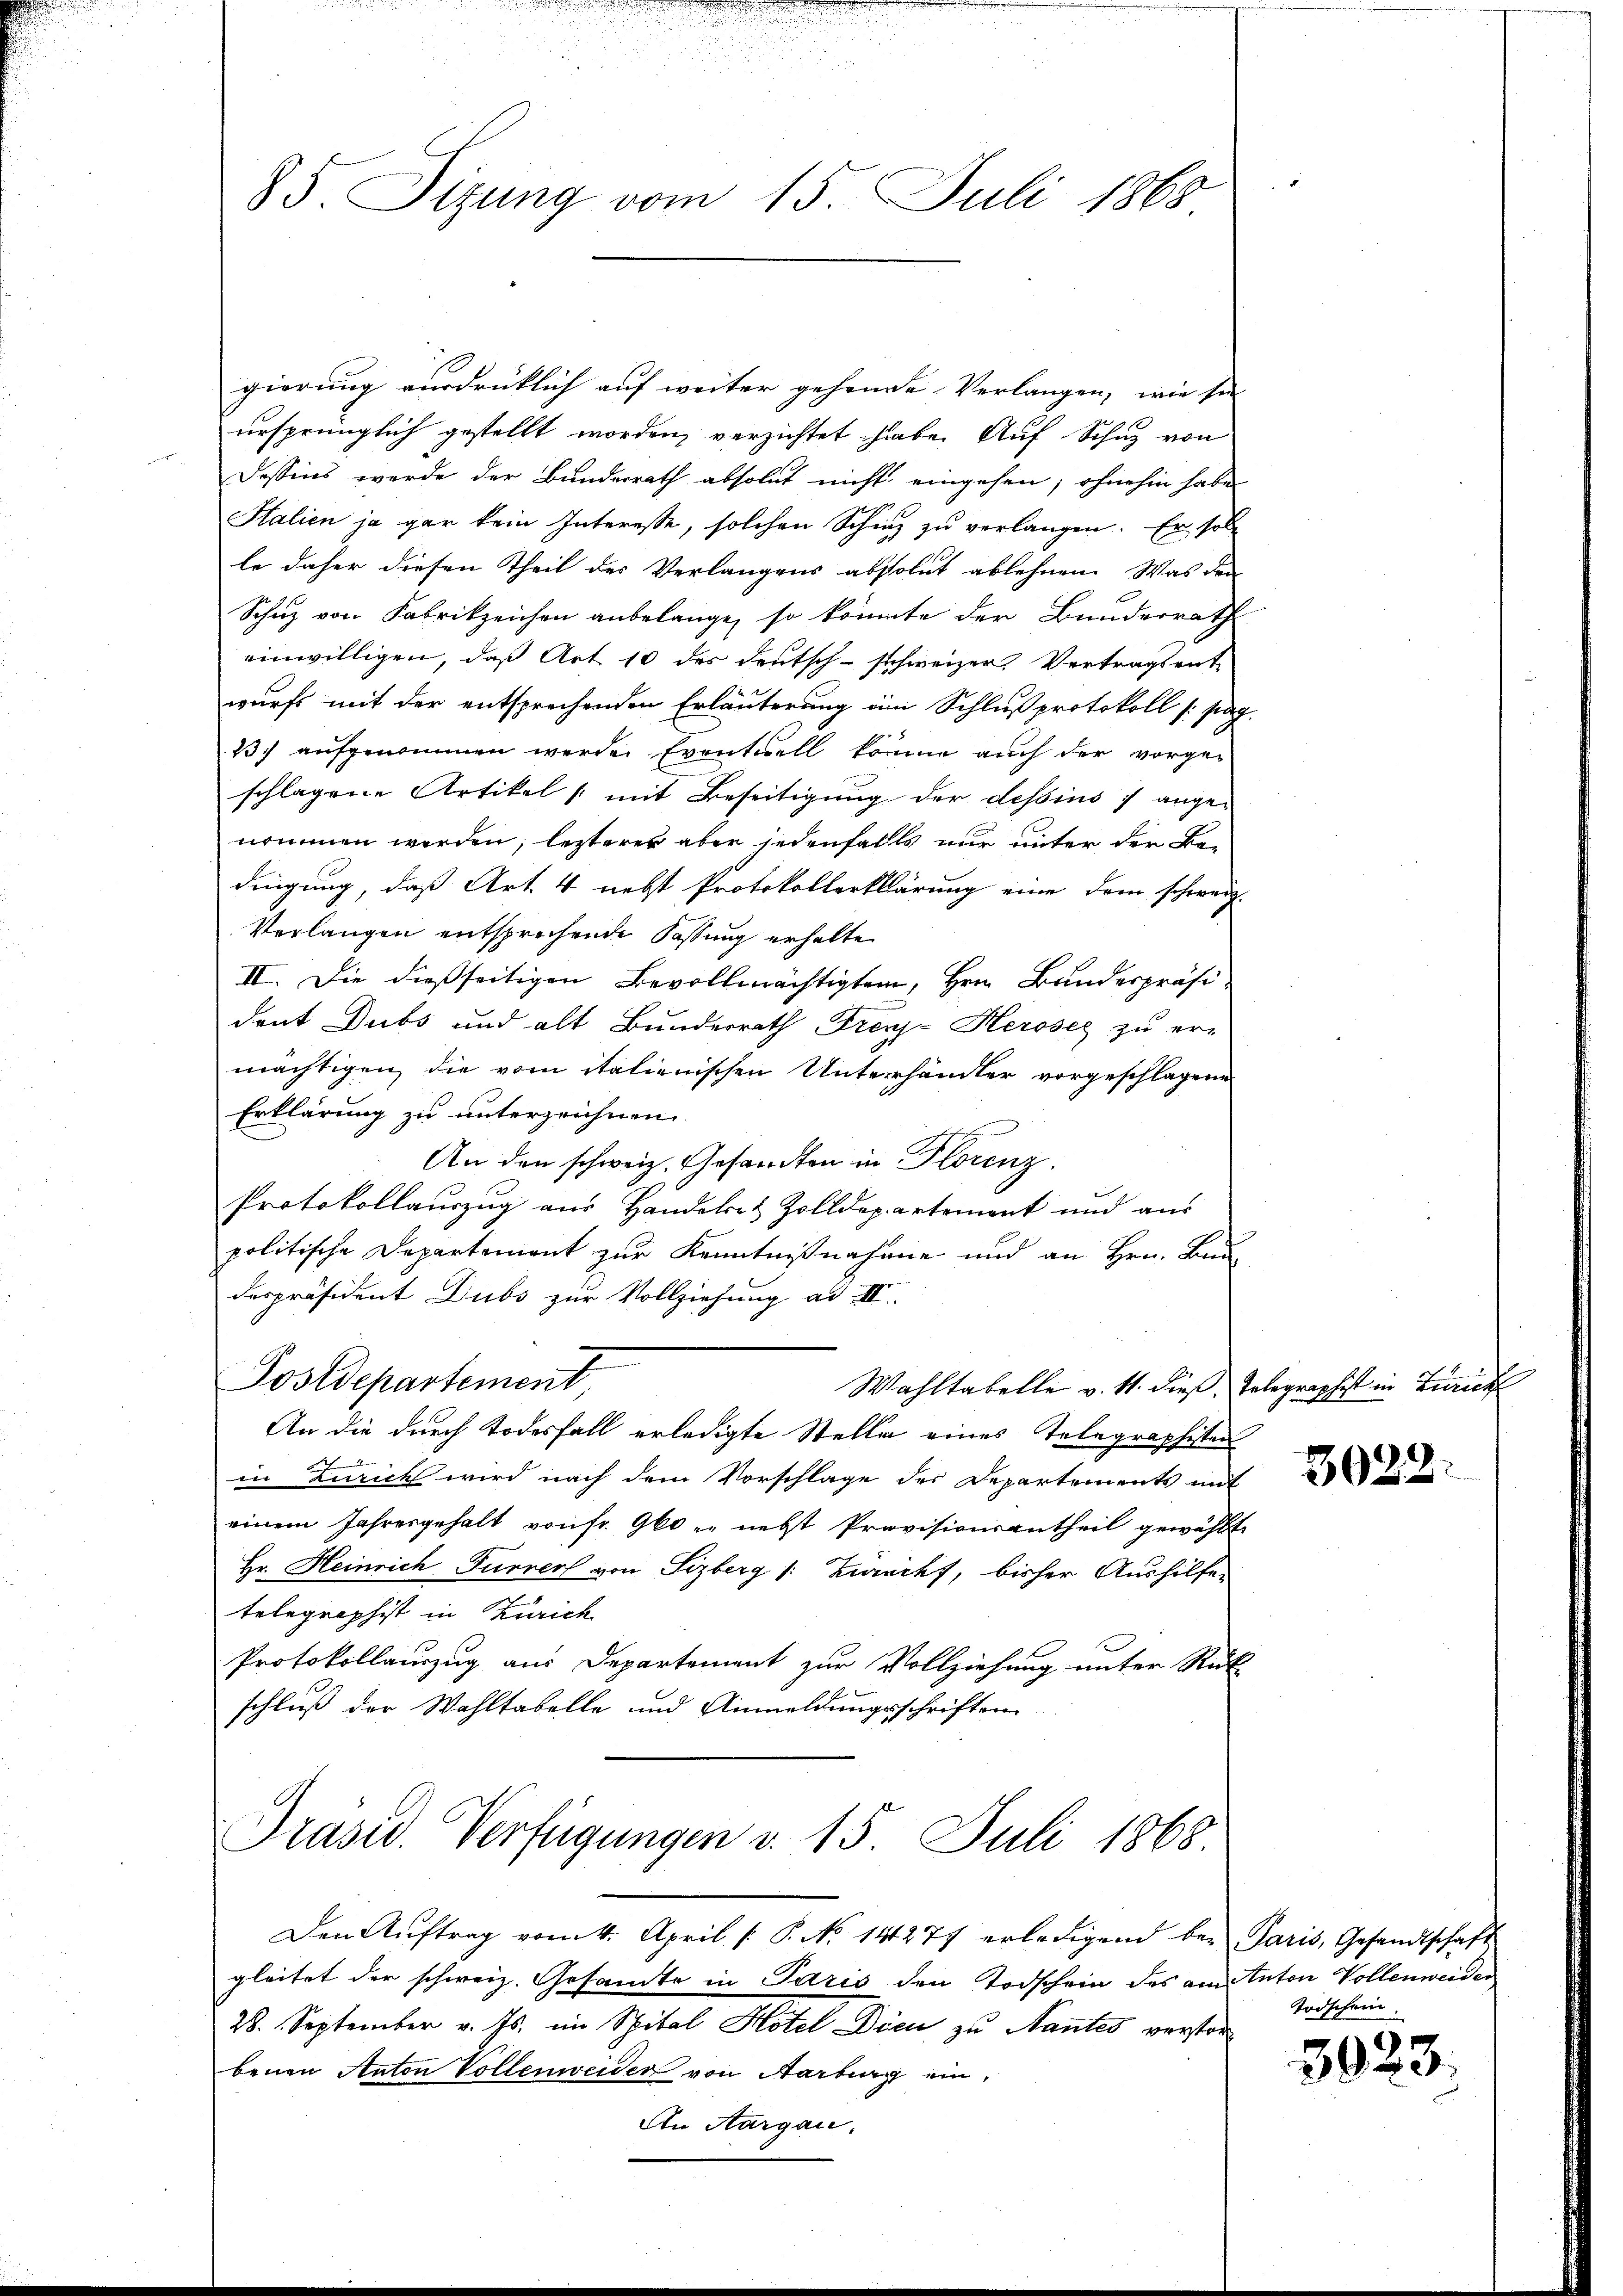
85. Sizung vom 15. Juli 1868

gierung ausdrücklich auf weiter gehende Verlangen, wie sie
ursprünglich gestellt worden, verzichtet habe. Auf Schuz von
Dessins werde der Bundesrath absolut nicht eingehen, ohnehin habe
Halien ja gar kein Interesse, solchen Schinz zu verlangen. Er soll
le daher diesen Theil des Verlangens absolut ablehnen. Was den
Schuz von Fabrikzeichen anbelange, so könnte der Bunderrath
einwilligen, daß Art 10 des deutsch-schweizer Vertragsentwurfs mit der entsprechenden Erläuterung im Schlußprotokoll (pag.
1) aufgenommen werde. Eventuell könne auch der vorge-
schlagene Artikel 1 mit Beseitigung der dessins 1 angenommen werden, lezterer aber jedenfalls nur unter der Bedingung, daß Art. 4 nebst Protokollerklärung eine dem schweiz.
Verlangen entsprechende Fassung erhalte
II. Die dießseitigen Bevollmächtigtein, Hrn. Bundespräsident Dubs und alt Bunderrath Tren-Herosez zu er-
mächtigen, die vom italienischen Unterhändler vorgeschlagene
Erklärung zu unterzeichnen
An den schweiz. Gesandten in Florenz.
Protokollauszug aus Handelst Zolldepartement und aus
politische Departement zur Kenntnißnahme und an Hrn. Baug
despräsident Dubs zur Vollziehung ad III.
Postdepartement,
Wahltabelle v. M. dieß, Telegraphist in Zürich
An die durch Todesfall erledigte Stelle eines Telegraphisten
in Zürich wird nach dem Vorschlage der Departements mit
einem Jahresgehalt von fr. Gloi nebst Provisionsantheil gewählt
Hr. Heinrich Furrer von Sizberg (: Zurecht, bisher Aushilfe
telegraphist in Zürich
Protokollauszug aus Departement zur Vollziehung unter Rück-
schluß der Wahltabelle und Anmeldungsschriften

Präsid. Verfügungen v. 15. Juli 1868
Den Aŭftrag vom 4. April ( P. No 14277 erledigend bei Paris, Gesandtschaft

gleitet der schweiz. Gesamte in Idris den Todschein des am Anton Vollenweider
28. September v. Js. im Spital Hotel dien zu Nantes verstor
benen Anton Vollenweider von Aarburg ein,
An Aargau.

3028.

Todschein.

3923.